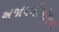
અજાયબીઓમાના